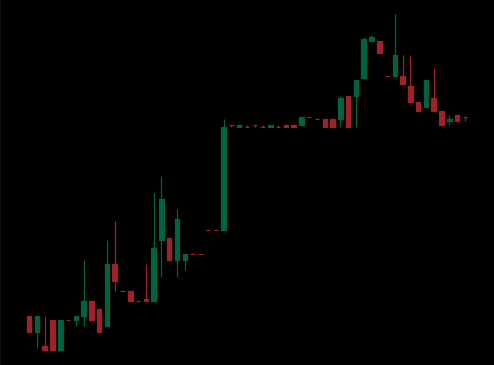
Pattern: bear_flag